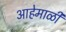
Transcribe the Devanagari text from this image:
आहेमाळी